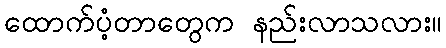
ထောက်ပံ့တာတွေက နည်းလာသလား။